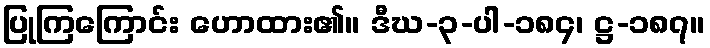
ပြုကြကြောင်း ဟောထား၏။ ဒီဃ-၃-ပါ-၁၈၄၊ ဋ္ဌ-၁၈၇။